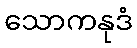
သောကနုဒံ